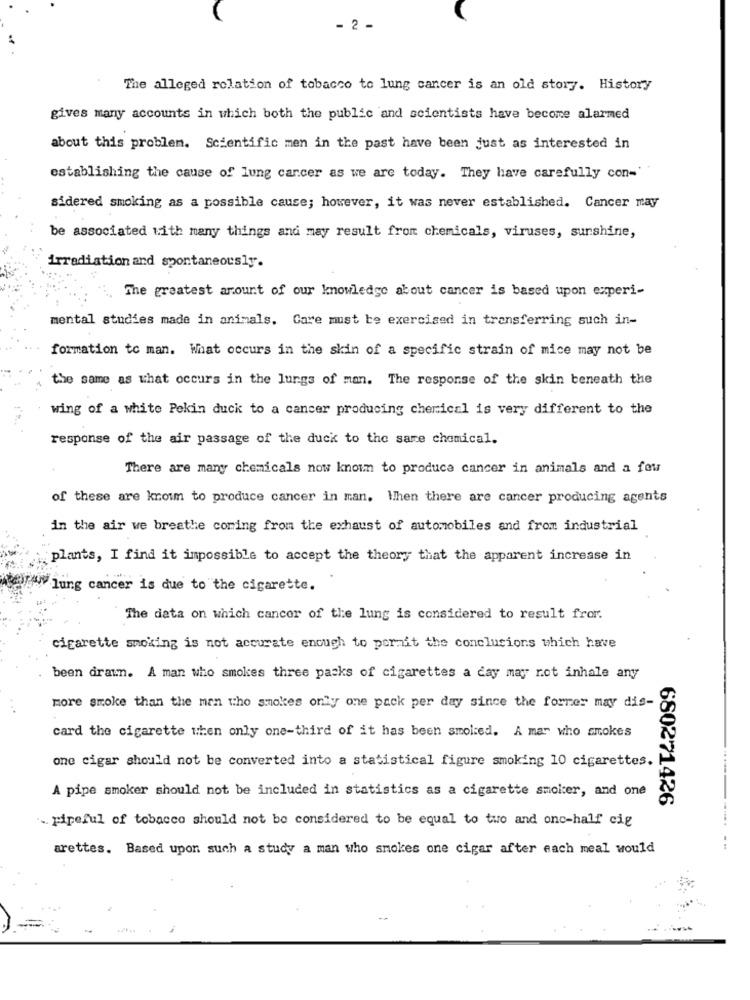
- 2 -
The alleged relation of tobacco to lung cancer is an old story. History
gives many accounts in which both the public and scientists have become alarmed
about this problem. Scientific men in the past have been just as interested in
establishing the cause of lung cancer as we are today. They have carefully con-
sidered smoking as a possible cause; however, it was never established. Cancer may
be associated with many things and may result from chemicals, viruses, sunshine,
irradiation and spontaneously.
The greatest amount of our knowledge about cancer is based upon experi-
mental studies made in animals. Care must be exercised in transferring such in-
formation to man. What occurs in the skin of a specific strain of mice may not be
the same as that occurs in the lungs of man. The response of the skin beneath the
wing of a white Pekin duck to a cancer producing cherical is very different to the
response of the air passage of the duck to the same chemical.
There are many chemicals now known to produce cancer in animals and a few
of these are know to produce cancer in man. When there are cancer producing agents
in the air we breathe coming from the exhaust of automobiles and from industrial
plants, I find it impossible to accept the theory that the apparent increase in
"lung cancer is due to the cigarette.
The data on which cancer of the lung is considered to result from.
cigarette smoking is not accurate enough to pornit the conclusions which have
been drawn. A man who smokes three packs of cigarettes a day may rot inhale any
more smoke than the man who smokes only one pack per day since the former may dis-
card the cigarette when only one-third of it has been smoked. A mar who amokes
one cigar should not be converted into a statistical figure smoking 10 cigarettes.
A pipe smoker should not be included in statistics as a cigarette smoker, and one
680271426
.. pipeful of tobacco should not be considered to be equal to two and onc-half cig
arettes. Based upon such a study a man who smokes one cigar after each meal would